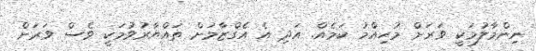
ނިންމާލުމަކީ ވަރަށް މުހިއްމު ކަމެއް. އަދި އެ އެގްޒާމަށް ތައްޔާރުވުމަކީ ވެސް ވަރަށް